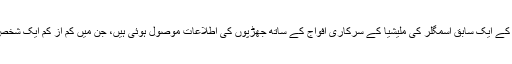
دريں اثناء ليبيا ميں انسانوں کے ايک سابق اسمگلر کی مليشيا کے سرکاری افواج کے ساتھ جھڑپوں کی اطلاعات موصول ہوئی ہيں، جن ميں کم از کم ايک شخص کی ہلاکت کی اطلاع ہے۔